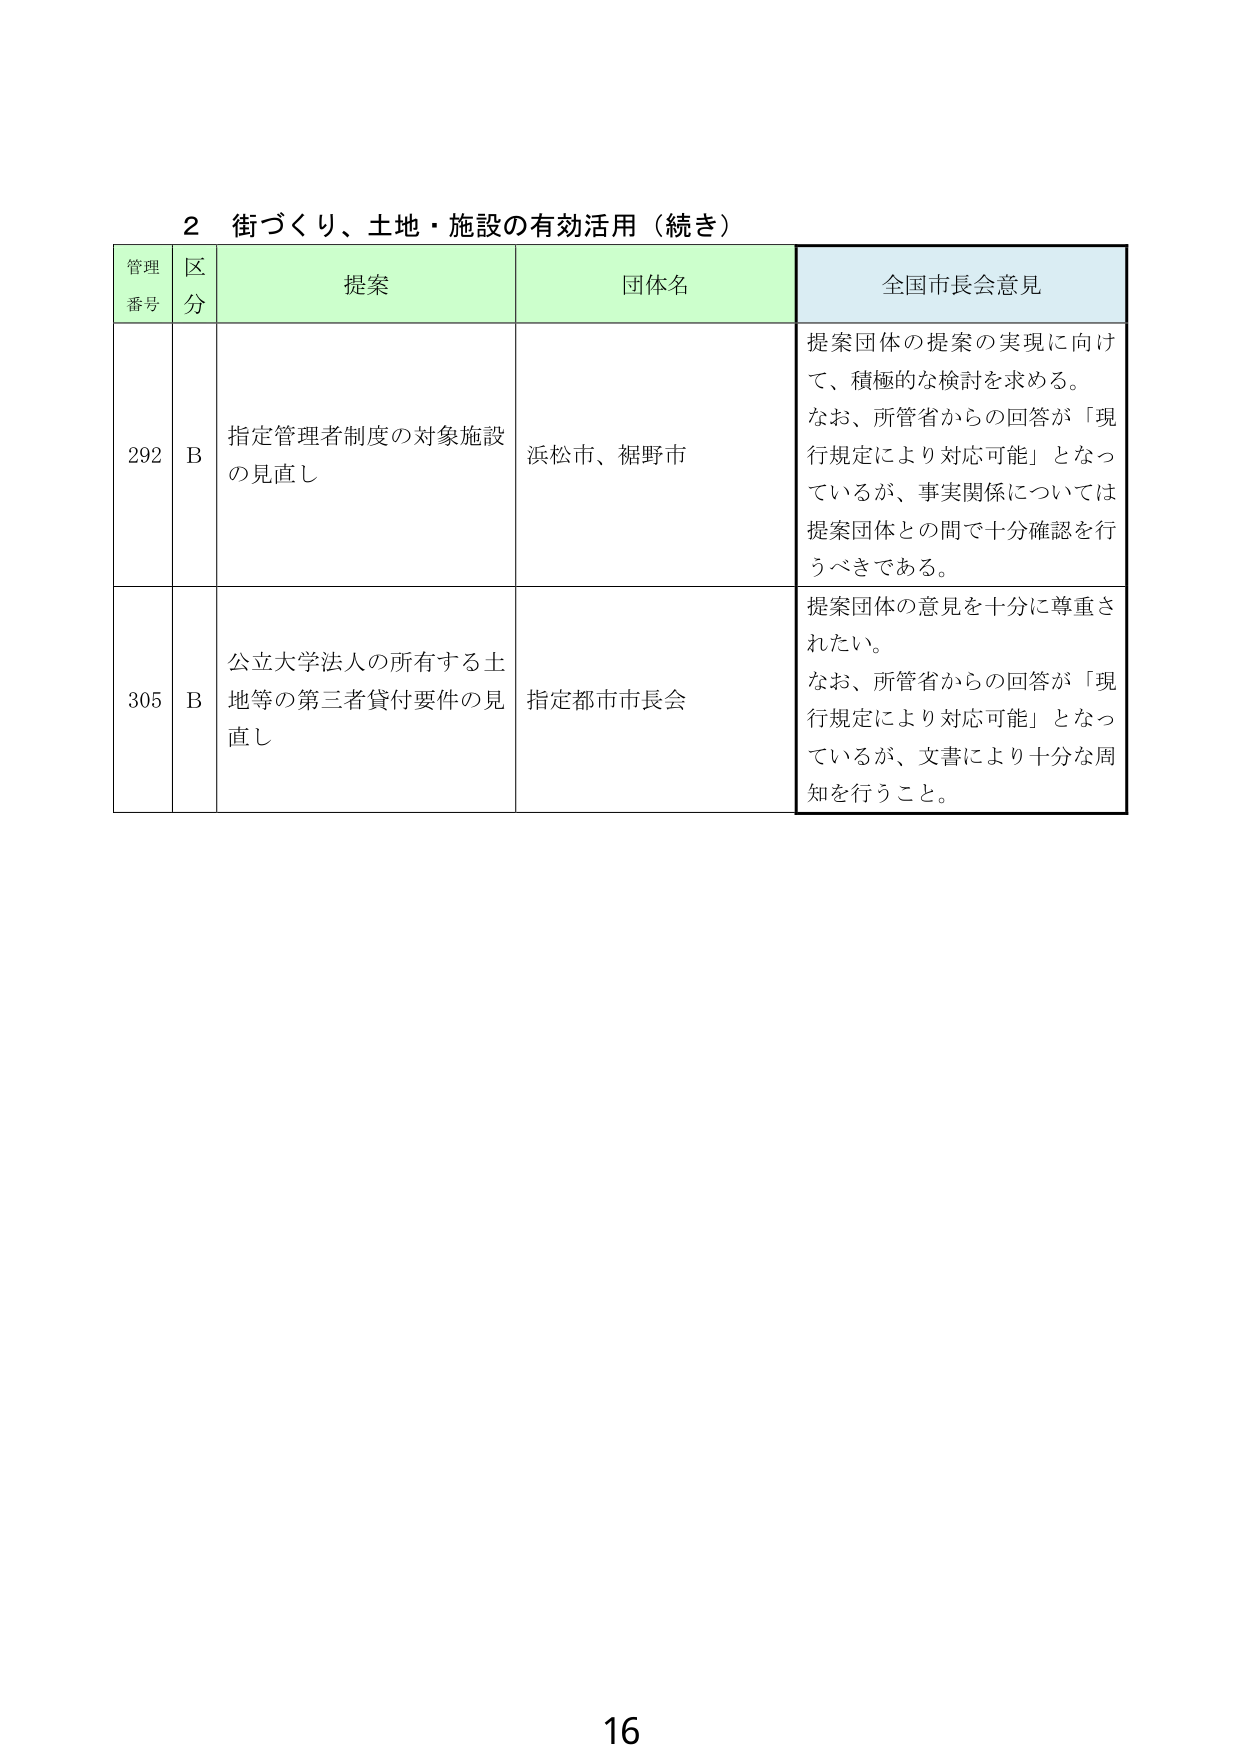
2 街づくり、土地・施設の有効活用（続き）

管理番号 区分 提案 団体名 全国市長会意見

292 B 指定管理者制度の対象施設の見直し 浜松市、裾野市 提案団体の提案の実現に向けて、積極的な検討を求める。なお、所管省からの回答が「現行規定により対応可能」となっているが、事実関係については提案団体との間で十分確認を行うべきである。

305 B 公立大学法人の所有する土地等の第三者貸付要件の見直し 指定都市市長会 提案団体の意見を十分に尊重されたい。なお、所管省からの回答が「現行規定により対応可能」となっているが、文書により十分な周知を行うこと。

16